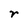
Character: r